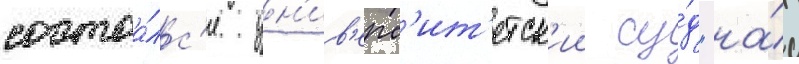
состоа́лс'я ун'ив'ерс'ит'етск'ии су́д "на́д